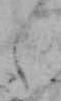
え